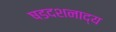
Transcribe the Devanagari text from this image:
षडदशनाद्य